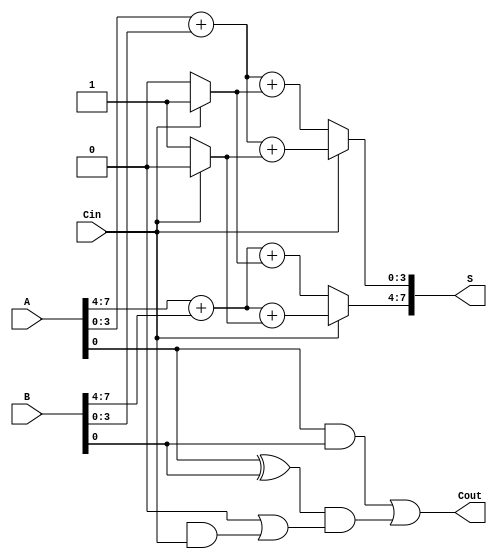
module CarrySelectAdder #(
    parameter N = 8 // N is the total bit width of the inputs. Set to 8 for this example.
)(
    input  [N-1:0] A,   // First n-bit binary number
    input  [N-1:0] B,   // Second n-bit binary number
    input  Cin,         // Carry-in signal
    output [N-1:0] S,   // n-bit sum output
    output Cout         // Carry-out signal
);

    localparam NUM_BLOCKS = N / 4;     // Number of 4-bit blocks
    wire [4:0] carry;                   // Carry signals for each block
    wire [3:0] sum0 [NUM_BLOCKS-1:0];  // Sums when Cin = 0 for each block
    wire [3:0] sum1 [NUM_BLOCKS-1:0];  // Sums when Cin = 1 for each block
    wire [4:0] carry0;                  // Carry outputs when Cin = 0
    wire [4:0] carry1;                  // Carry outputs when Cin = 1
    wire [4:0] G;                       // Generate signals
    wire [4:0] P;                       // Propagate signals

    // Split A and B into 4-bit blocks and compute carry generate and propagate
    genvar i;
    generate
        for (i = 0; i < NUM_BLOCKS; i = i + 1) begin : block
            // Assigning sections of A and B
            wire [3:0] A_block = A[4*i +: 4];
            wire [3:0] B_block = B[4*i +: 4];

            // Generate and Propagate for the block
            assign G[i+1] = (A_block & B_block);
            assign P[i+1] = (A_block ^ B_block);
            
            // Carry select for blocks based on Cin
            assign {carry0[i+1], sum0[i]} = A_block + B_block + (Cin == 1'b0 ? 1'b0 : 1'b1);
            assign {carry1[i+1], sum1[i]} = A_block + B_block + (Cin == 1'b1 ? 1'b0 : 1'b1);
        end
    endgenerate

    // Carry Lookahead Logic
    assign carry[0] = Cin; // Initial carry in from Cin
    
    generate
        for (i = 0; i < NUM_BLOCKS; i = i + 1) begin : carry_logic
            // Compute carry based on G and P
            assign carry[i+1] = G[i] | (P[i] & carry[i]);
        end
    endgenerate

    // Output Sum and Cout based on Cin
    generate
        for (i = 0; i < NUM_BLOCKS; i = i + 1) begin : sum_select
            assign S[4*i +: 4] = (Cin ? sum1[i] : sum0[i]);
        end
    endgenerate
    
    assign Cout = carry[NUM_BLOCKS];

endmodule